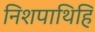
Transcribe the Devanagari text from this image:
निशपाथिहि